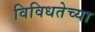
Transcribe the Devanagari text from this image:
विविधतेच्या